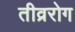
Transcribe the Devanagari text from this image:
तीव्ररोग